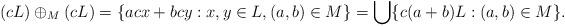
LaTeX: \begin{align*}(cL)\oplus_M (cL)=\{acx+bcy:x,y\in L, (a,b)\in M\}=\bigcup\{c(a+b)L: (a,b)\in M\}.\end{align*}